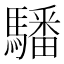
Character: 䮳